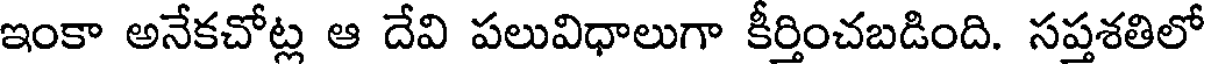
ఇంకా అనేకచోట్ల ఆ దేవి పలువిధాలుగా కీర్తించబడింది. సప్తశతిలో